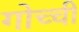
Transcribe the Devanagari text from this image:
गोच्ची